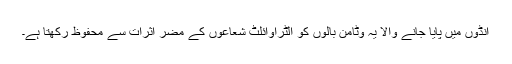
انڈوں میں پایا جانے والا یہ وٹامن بالوں کو الٹراوائلٹ شعاعوں کے مضر اثرات سے محفوظ رکھتا ہے۔